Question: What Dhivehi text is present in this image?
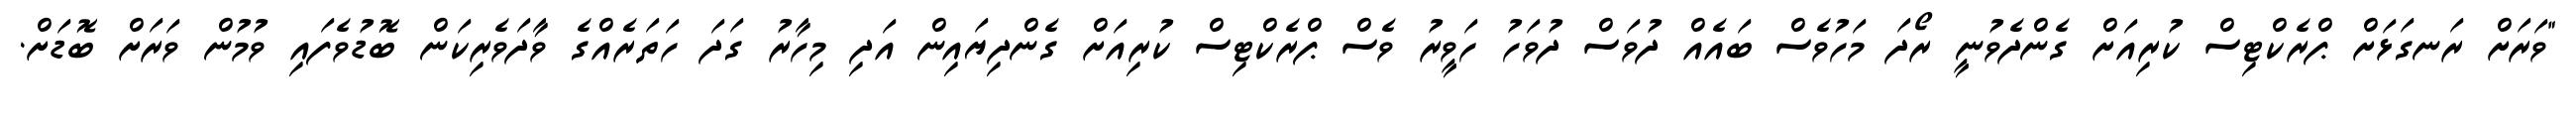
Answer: "ވަރަށް ރަނގަޅަށް ޕްރެކްޓިސް ކުރިއަށް ގެންދެވުނީ ރޯދަ މަހުވެސް ބައެއް ދުވަސް ދުވަހު ހަވީރު ވެސް ޕްރެކްޓިސް ކުރިއަށް ގެންދިޔައިން އަދި މިހާރު ގަދަ ހަތަރެއްގެ ވާދަވެރިކަން ބޮޑުވެފައި ވުމުން ވަރަށް ބޮޑަށް.